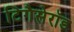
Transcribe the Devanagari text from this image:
टिगैसेरॉड